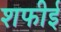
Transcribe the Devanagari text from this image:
शफीई